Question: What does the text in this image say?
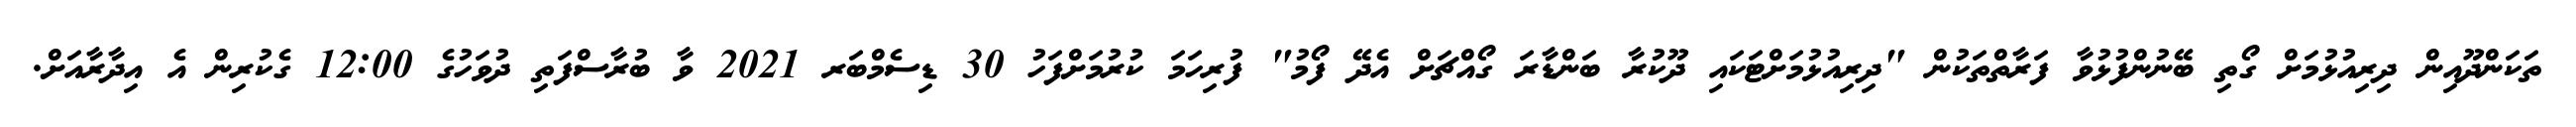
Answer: ތަކަންދޫއިން ދިރިއުޅުމަށް ގޯތި ބޭނުންފުޅުވާ ފަރާތްތަކުން "ދިރިއުޅުމަށްޓަކައި ދޫކުރާ ބަންޑާރަ ގޯއްޗަށް އެދޭ ފޯމު" ފުރިހަމަ ކުރުމަށްފަހު 30 ޑިސެމްބަރ 2021 ވާ ބުރާސްފަތި ދުވަހުގެ 12:00 ގެކުރިން އެ އިދާރާއަށް.